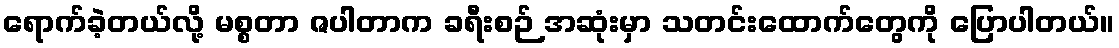
ရောက်ခဲ့တယ်လို့ မစ္စတာ ဇပါတာက ခရီးစဉ် အဆုံးမှာ သတင်းထောက်တွေကို ပြောပါတယ်။